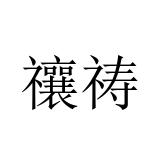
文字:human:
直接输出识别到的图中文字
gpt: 禳祷